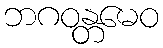
ဘဂဝန္တမေဝ